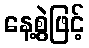
နေ့စွဲဖြင့်